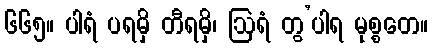
၆၆၅။ ပါရံ ပရမှိ တီရမှိ၊ ဩရံ တွ’ပါရ မုစ္စတေ။